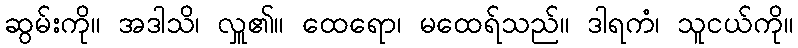
ဆွမ်းကို။ အဒါသိ၊ လှူ၏။ ထေရော၊ မထေရ်သည်။ ဒါရကံ၊ သူငယ်ကို။